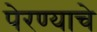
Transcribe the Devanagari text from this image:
पेरण्याचे